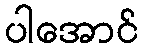
ပါအောင်